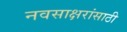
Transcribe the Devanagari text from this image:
नवसाक्षरांसाठी